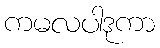
ကမလပါဒုကာ